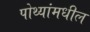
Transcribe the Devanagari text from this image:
पोथ्यांमधील